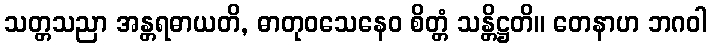
သတ္တသညာ အန္တရဓာယတိ, ဓာတုဝသေနေဝ စိတ္တံ သန္တိဋ္ဌတိ။ တေနာဟ ဘဂဝါ